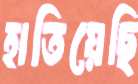
হাতিয়েছি